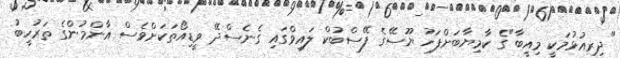
"ދިރިއުޅުމަކީ މިއީބާ"ގެ ކާމިޔާބަށްފަހު ޔޫސޭގެ ފޭސްބުކް ލައިވްގައި ގެނެސްދޭ ވީޑިއޯތަކަށްވެސް އާންމުންގެ ތަރުހީބު